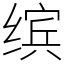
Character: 缤